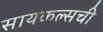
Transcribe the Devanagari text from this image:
सायकल्सची